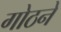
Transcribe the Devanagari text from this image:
गोठने